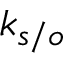
k _ { s / o }